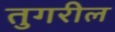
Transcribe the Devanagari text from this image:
तुगरील